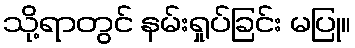
သို့ရာတွင် နမ်းရှုပ်ခြင်း မပြု။